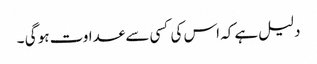
دلیل ہے کہ اس کی کسی سے عداوت ہو گی ۔